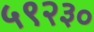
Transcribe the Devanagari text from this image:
५९२३०